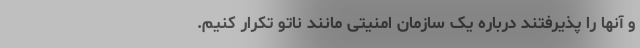
و آنها را پذیرفتند درباره یک سازمان امنیتی مانند ناتو تکرار کنیم.